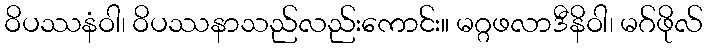
ဝိပဿနံဝါ၊ ဝိပဿနာသည်လည်းကောင်း။ မဂ္ဂဖလာဒီနိဝါ၊ မဂ်ဖိုလ်